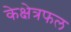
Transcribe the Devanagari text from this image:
केक्षेत्रफल